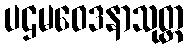
ပဌမဝေဒနာသုတ္တ